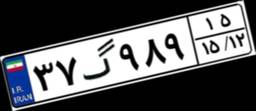
۷۳گ۸۶۹۰۶